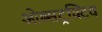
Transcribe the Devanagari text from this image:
ओब्सट्रक्टिव